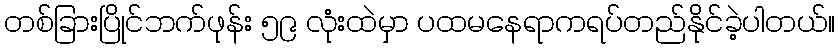
တစ်ခြားပြိုင်ဘက်ဖုန်း ၅၉ လုံးထဲမှာ ပထမနေရာကရပ်တည်နိုင်ခဲ့ပါတယ်။